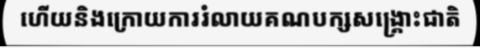
ហើយនិងក្រោយការរំលាយគណបក្សសង្គ្រោះជាតិ